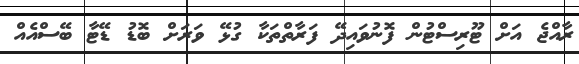
ރާއްޖެ އަށް ޓޫރިސްޓުން ފޮނުވައިދޭ ފަރާތްތަކާ ގުޅޭ ވަރަށް ބޮޑު ޑޭޓާ ބޭސްއެއް